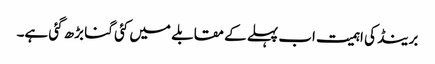
برینڈ کی اہمیت اب پہلے کے مقابلے میں کئی گنا بڑھ گئی ہے۔